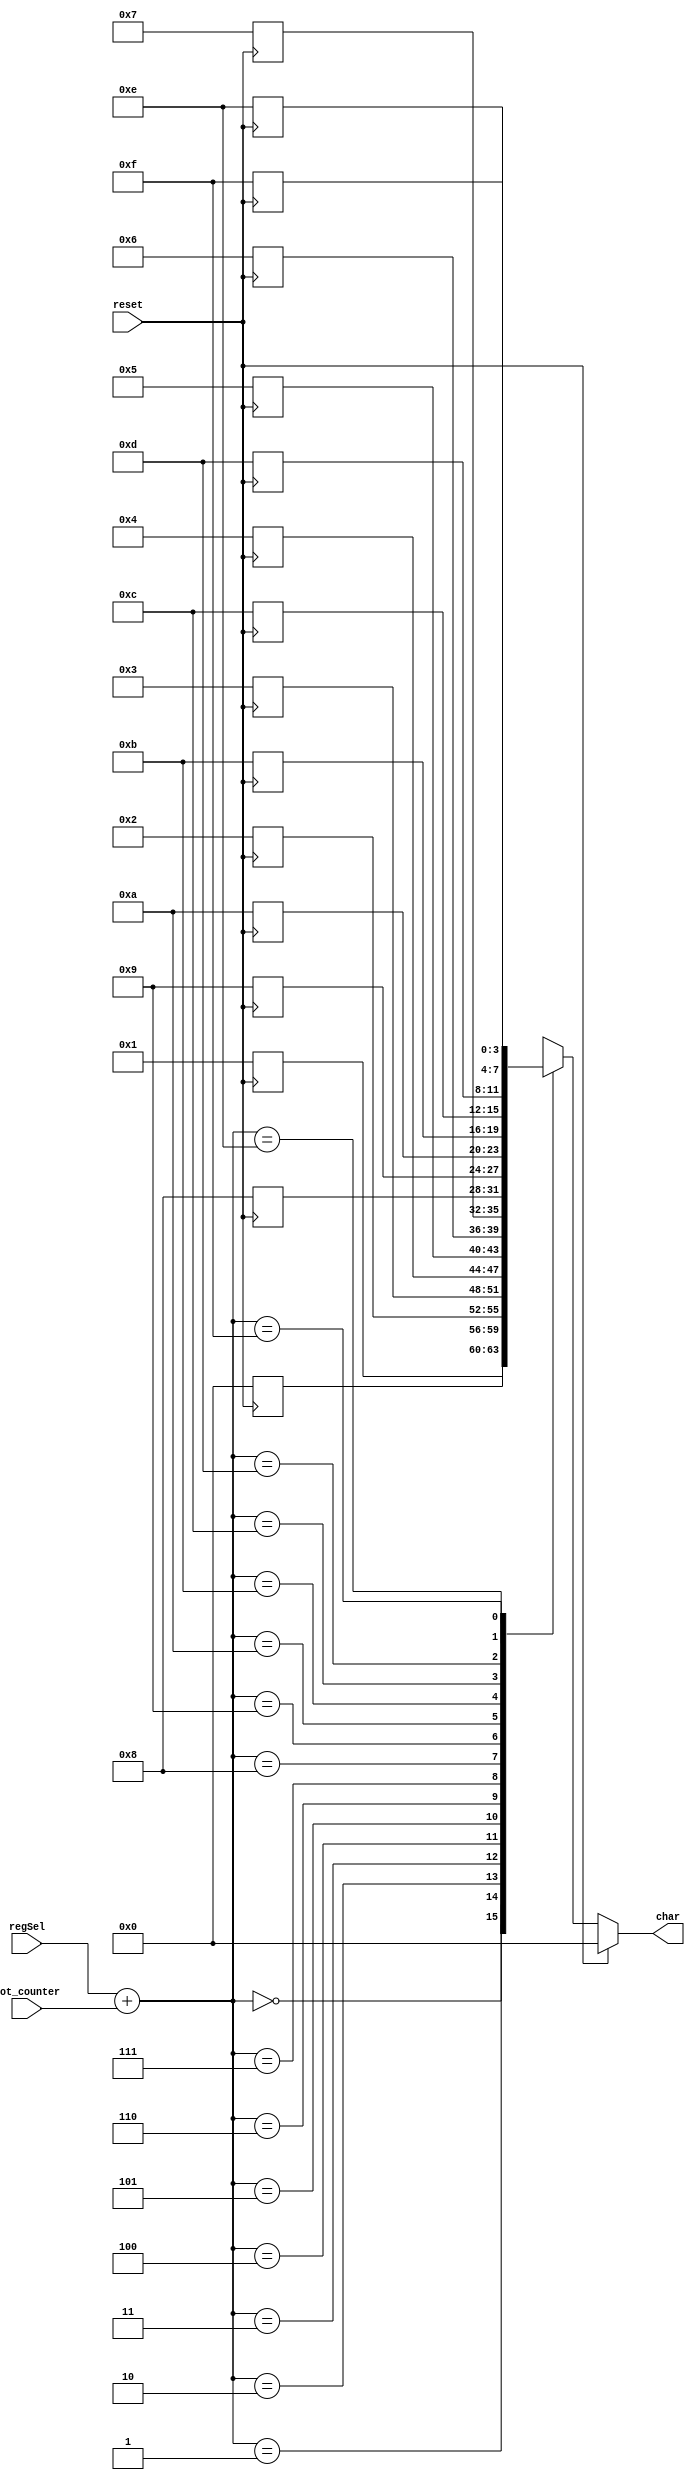
`timescale 1ns / 1ps
//////////////////////////////////////////////////////////////////////////////////
// Company: 
// Engineer: 
// 
// Design Name: 
// Module Name:    segMultiplexer1_16 
// Project Name: 
// Target Devices: 
// Tool versions: 
// Description: 
//
// Dependencies: 
//
// Revision: 
// Revision 0.01 - File Created
// Additional Comments: 
//
//////////////////////////////////////////////////////////////////////////////////
module regMultiplexer1_16(
	input reset,
	input [3:0] rot_counter,
   input [1:0] regSel,	
	output [3:0] char
);
    
	reg [3:0] regs[0:15];
	
always @(negedge reset) begin // arxikopoihsh tis mnhmhs asugxrona me to roloi molis patithei to  reset
	if (reset == 0)	begin
		regs[0] <= 4'b0000;
		regs[1] <= 4'b0001;
		regs[2] <= 4'b0010;
		regs[3] <= 4'b0011;
		regs[4] <= 4'b0100;
		regs[5] <= 4'b0101;
		regs[6] <= 4'b0110;
		regs[7] <= 4'b0111;
		regs[8] <= 4'b1000;
		regs[9] <= 4'b1001;
		regs[10] <= 4'b1010;
		regs[11] <= 4'b1011;
		regs[12] <= 4'b1100;
		regs[13] <= 4'b1101;
		regs[14] <= 4'b1110;
		regs[15] <= 4'b1111;
	end
end
	

assign char = (reset == 0)?regs[regSel+rot_counter]:4'b0000  ;

endmodule